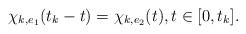
LaTeX: \begin{align*}\chi_{k,e_1}(t_k-t) = \chi_{k,e_2}(t),t\in[0,t_k].\end{align*}